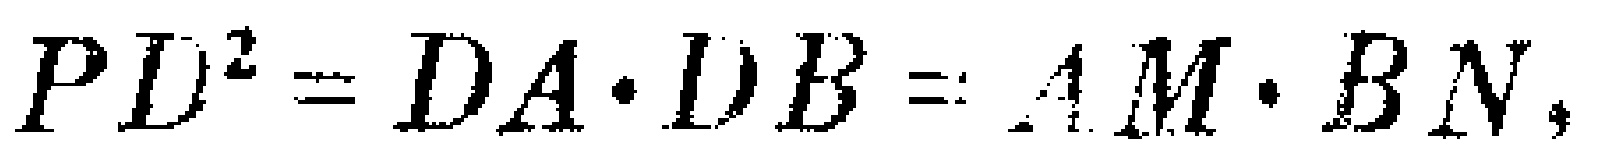
$PD^{2}=DA\cdot DB = AM\cdot BN,$